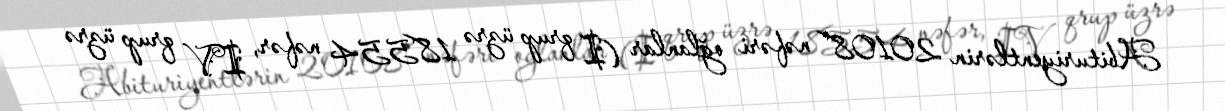
Abituriyentlərin 20108 nəfəri oğlanlar (I qrup üzrə 18554 nəfər, IV qrup üzrə